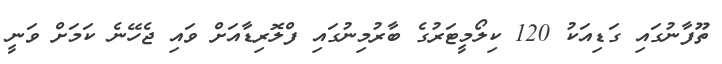
ތޫފާނުގައި ގަޑިއަކު 120 ކިލޯމީޓަރުގެ ބާރުމިނުގައި ފްލޮރިޑާއަށް ވައި ޖެހޭނެ ކަމަށް ވަނީ